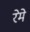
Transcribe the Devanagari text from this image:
रेमे